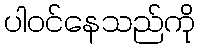
ပါဝင်နေသည်ကို